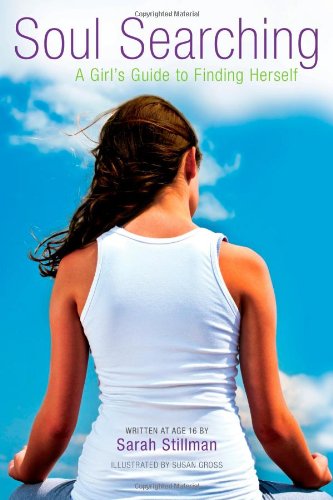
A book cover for Soul Searching: A Girl's Guide to Finding Herself; Sarah Stillman; Teen & Young Adult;